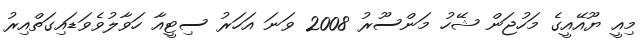
މިއީ ޔޫއޭއީގެ މަހުޖަން ޝޭހު މަންސޫރު 2008 ވަނަ އަހަރު ސިޓީއާ ހަވާލުވެވަޑައިގަތްއިރު